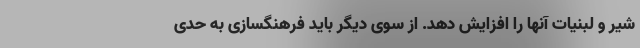
شیر و لبنیات آنها را افزایش دهد. از سوی دیگر باید فرهنگسازی به حدی